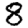
Digit: 8